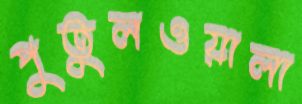
পুতুলওয়ালা